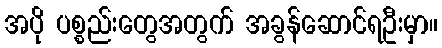
အပို ပစ္စည်းတွေအတွက် အခွန်ဆောင်ရဦးမှာ။